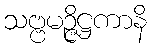
သဗ္ဗမဉ္ဇိဋ္ဌကာနိ